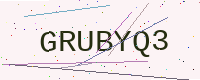
Text: GRUBYQ3